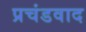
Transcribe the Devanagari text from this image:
प्रचंडवाद